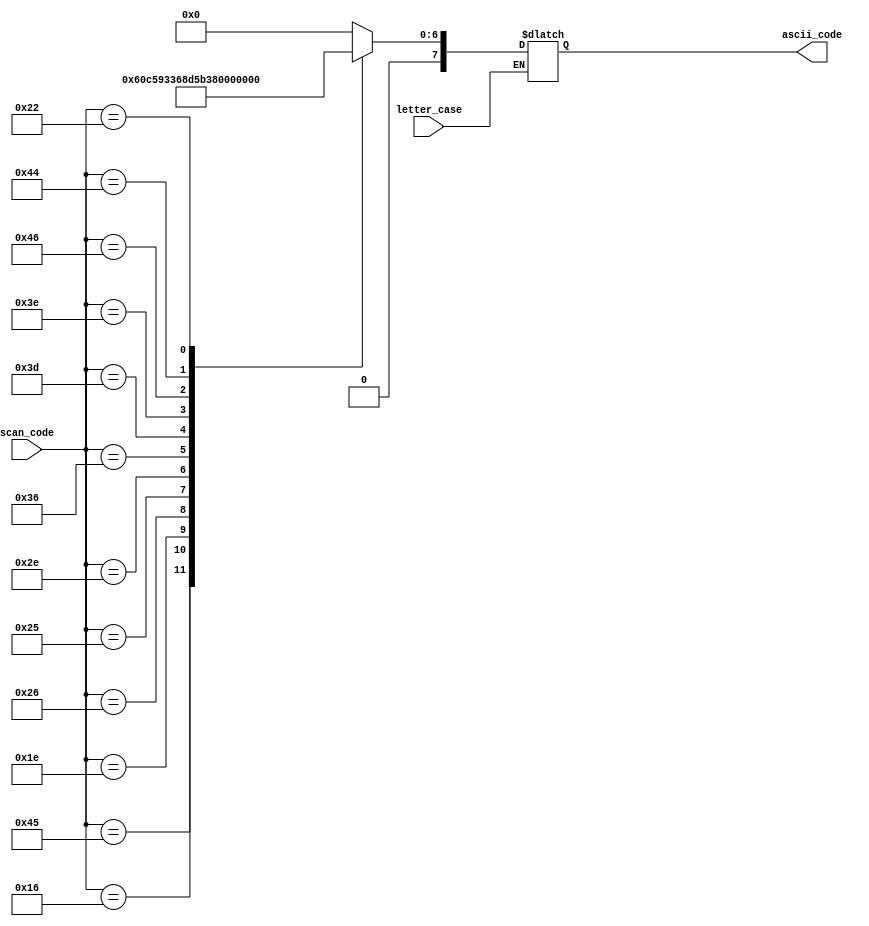
module keytoascii
    (
        input wire letter_case,
        input wire [7:0] scan_code,
        output reg [7:0] ascii_code
    );
    
always@(*)
    begin
    
    if(letter_case == 1'b0)   // Lowercase
        begin
        case(scan_code)
            8'h45: ascii_code = 8'h30;   // 0
            8'h16: ascii_code = 8'h31;   // 1
            8'h1e: ascii_code = 8'h32;   // 2
            8'h26: ascii_code = 8'h33;   // 3
            8'h25: ascii_code = 8'h34;   // 4
            8'h2e: ascii_code = 8'h35;   // 5
            8'h36: ascii_code = 8'h36;   // 6
            8'h3d: ascii_code = 8'h37;   // 7
            8'h3e: ascii_code = 8'h38;   // 8
            8'h46: ascii_code = 8'h39;   // 9
            8'h44: ascii_code = 8'h6F;   // o
            8'h22: ascii_code = 8'h78;   // x
            default: ascii_code = 8'h00; // NUL
        endcase
        end
    end
endmodule